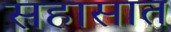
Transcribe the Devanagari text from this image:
सहासात